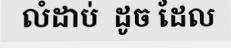
លំដាប់  ដូច ដែល